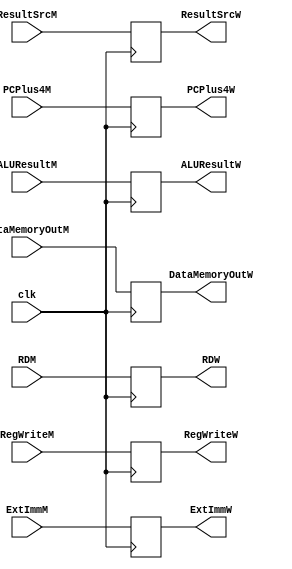
module write_back_register(input [31:0] PCPlus4M, ALUResultM,
							input [4:0] RDM,
							input [31:0] ExtImmM, DataMemoryOutM, 
		          			input clk, RegWriteM,
		          			input [1:0] ResultSrcM,
		         			output reg RegWriteW,
		          			output reg[1:0] ResultSrcW,
		          			output reg[4:0] RDW,
							output reg[31:0] ExtImmW, PCPlus4W, ALUResultW, DataMemoryOutW);

	always@(posedge clk)begin
		RDW = RDM;
		ExtImmW = ExtImmM;
		PCPlus4W = PCPlus4M;
		ALUResultW = ALUResultM;
		DataMemoryOutW = DataMemoryOutM;
		RegWriteW = RegWriteM;
		ResultSrcW = ResultSrcM;
	end

endmodule